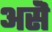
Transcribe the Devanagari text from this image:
असॆे